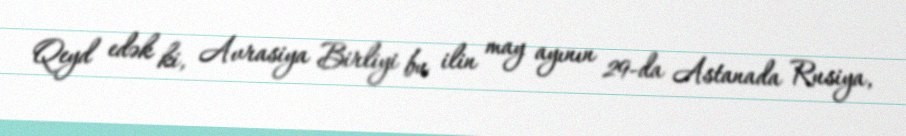
Qeyd edək ki, Avrasiya Birliyi bu ilin may ayının 29-da Astanada Rusiya,